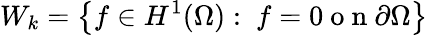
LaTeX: W_{k}=\left\{ f\in H^{1}(\Omega):\ f=0\mathrm{~o~n~}\partial\Omega\right\}